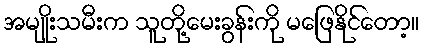
အမျိုးသမီးက သူတို့မေးခွန်းကို မဖြေနိုင်တော့။